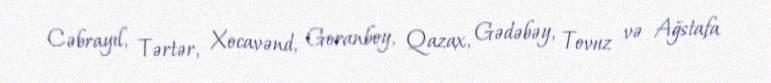
Cəbrayıl, Tərtər, Xocavənd, Goranboy, Qazax, Gədəbəy, Tovuz və Ağstafa